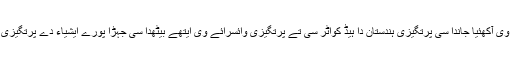
دکھنی صوبہ جسنوں صرف گوا وی آکھئیا جاندا سی پرتگیزی ہندستان دا ہیڈ کواٹر سی تے پرتگیزی وائسرائے وی ایتھے بیٹھدا سی جہڑا پورے ایشیاء دے پرتگیزی علاقےآں دا انتظام سمبھالدا سی ۔